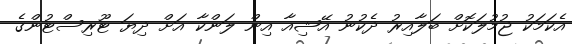
އެކަމަކު ޖުމުލަކޮށް ބަލާއިރު ދެކުނު އޭޝިއާ އިން ލަންކާ އަށް ދިޔަ ޓޫރިސްޓުންގެ